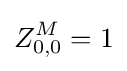
Z_{0,0}^{M}=1